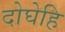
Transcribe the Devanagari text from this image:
दोघेहि